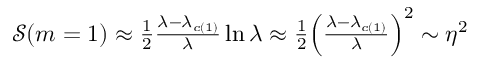
\begin{array} { r } { \mathcal { S } ( m = 1 ) \approx \frac { 1 } { 2 } \frac { { \lambda - { \lambda _ { c ( 1 ) } } } } { \lambda } \ln \lambda \approx \frac { 1 } { 2 } { \left( { \frac { { \lambda - { \lambda _ { c ( 1 ) } } } } { \lambda } } \right) ^ { 2 } } \sim { \eta ^ { 2 } } } \end{array}